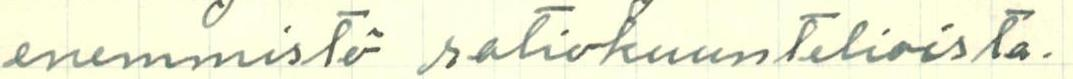
enemmistö ratiokuuntelioista.